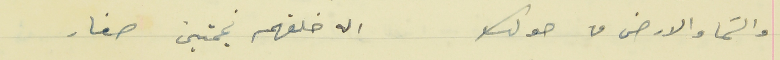
والسَما والارض من حولك                                    اله خلقهم نجمتين صغار